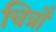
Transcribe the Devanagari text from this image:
चित्रोँ